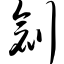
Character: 创